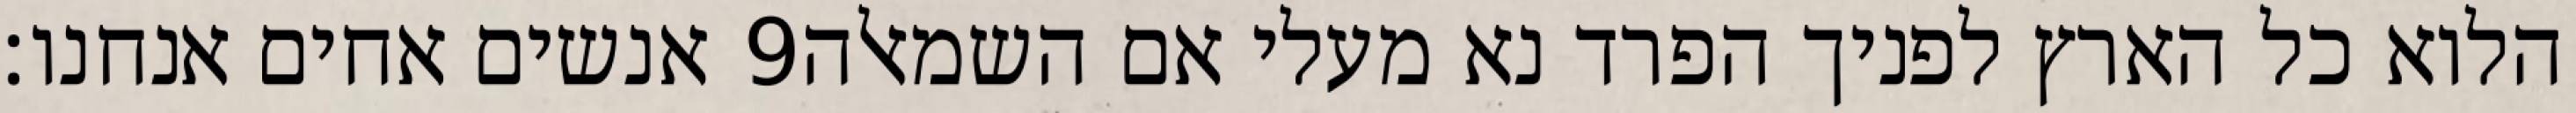
אנשים אחים אנחנו׃ ‎9‏ הלוא כל הארץ לפניך הפרד נא מעלי אם השמאלה